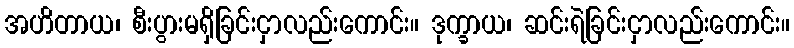
အဟိတာယ၊ စီးပွားမရှိခြင်းငှာလည်းကောင်း။ ဒုက္ခာယ၊ ဆင်းရဲခြင်းငှာလည်းကောင်း။